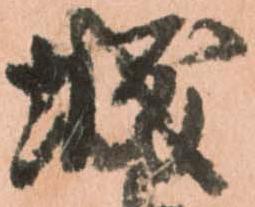
城